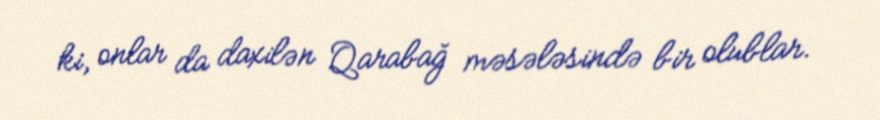
ki, onlar da daxilən Qarabağ məsələsində bir olublar.